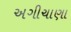
અગીચાણા